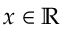
x \in \mathbb { R }